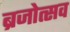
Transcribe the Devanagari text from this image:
ब्रजोत्सव